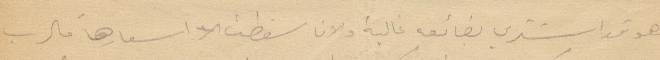
فهو قد اشترى بضائعه غالية والآن سقطت أسعارها فالرب